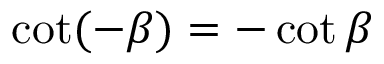
\cot ( - \beta ) = - \cot \beta